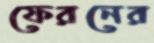
ফেরনের